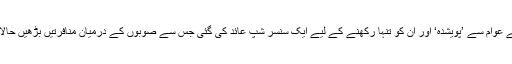
بڑے صوبے پنجاب میں ضیاء مخالف تحریک کی موجودگی کو باقی صوبوں کے عوام سے ’پویشدہ‘ اور ان کو تنہا رکھنے کے لیے ایک سنسر شپ عائد کی گئی جس سے صوبوں کے درمیان منافرتیں بڑھیں حالانکہ سب سے زیادہ سیاسی کارکنوں کو پھانسیاں اور کوڑے تو پنجاب میں لگے۔